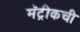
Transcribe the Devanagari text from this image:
मॅट्रीकची